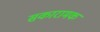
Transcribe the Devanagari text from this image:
सकारामक